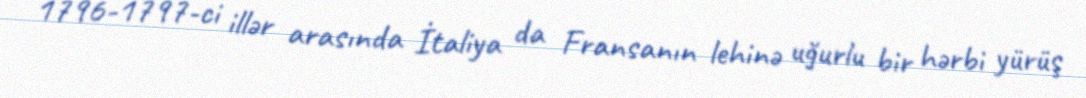
1796-1797-ci illər arasında İtaliya da Fransanın lehinə uğurlu bir hərbi yürüş